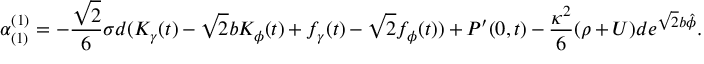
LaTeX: \alpha _ { ( 1 ) } ^ { ( 1 ) } = - \frac { \sqrt { 2 } } { 6 } \sigma d ( K _ { \gamma } ( t ) - \sqrt { 2 } b K _ { \phi } ( t ) + f _ { \gamma } ( t ) - \sqrt { 2 } f _ { \phi } ( t ) ) + P ^ { \prime } ( 0 , t ) - \frac { \kappa ^ { 2 } } { 6 } ( \rho + U ) d e ^ { \sqrt { 2 } b \hat { \phi } } .